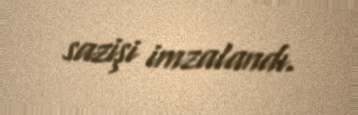
sazişi imzalandı.